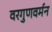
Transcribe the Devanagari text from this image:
वरगुणवर्मन